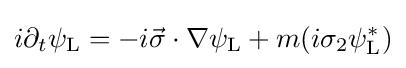
i\partial _{t}\psi _{\rm {L}}=-i{\vec {\sigma }}\cdot \nabla \psi _{\rm {L}}+m(i\sigma _{2}\psi _{\rm {L}}^{*})